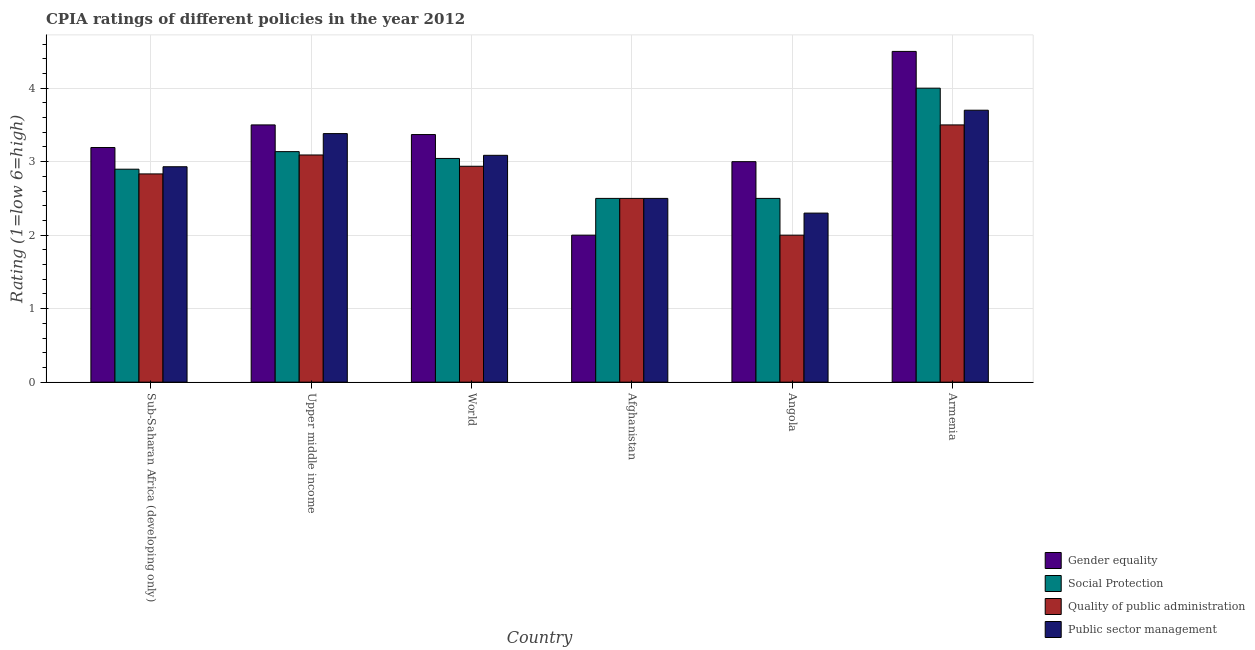
| Country | Gender equality | Social Protection | Quality of public administration | Public sector management |
 | --- | --- | --- | --- | --- |
 | Sub-Saharan Africa (developing only) | 3.19 | 2.9 | 2.83 | 2.93 |
 | Upper middle income | 3.5 | 3.14 | 3.09 | 3.38 |
 | World | 3.37 | 3.04 | 2.94 | 3.09 |
 | Afghanistan | 2 | 2.5 | 2.5 | 2.5 |
 | Angola | 3 | 2.5 | 2 | 2.3 |
 | Armenia | 4.5 | 4 | 3.5 | 3.7 |